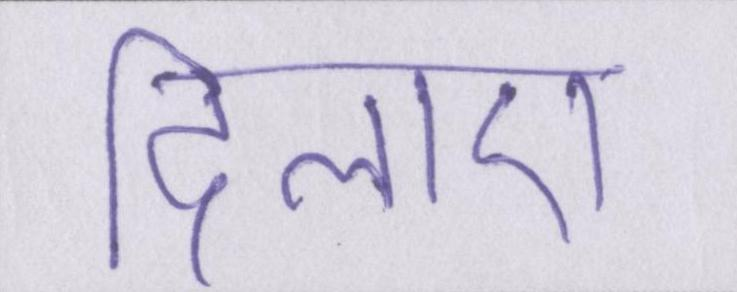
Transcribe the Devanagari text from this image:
दिलाए